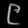
Digit: ၉